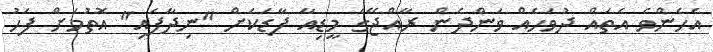
އެހެންވެ އެތައް ދުވަހެއް ވަންދެން ރާއްޖޭގެ މީޑިއާ ފާޑަކަށް "ނިދާފައި" އޮތުމަށް ފަހު